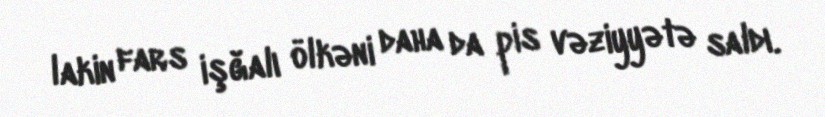
lakin fars işğalı ölkəni daha da pis vəziyyətə saldı.